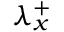
{ \lambda } _ { x } ^ { + }